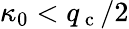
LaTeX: \kappa_{0}<q_{\mathrm{~c~}}/2